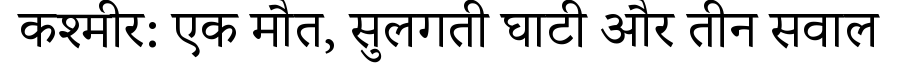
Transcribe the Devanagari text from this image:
कश्मीर: एक मौत, सुलगती घाटी और तीन सवाल